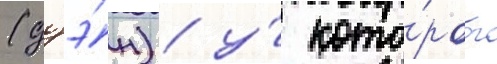
(дзэ́н) / у́ кото́рого